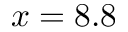
x = 8 . 8